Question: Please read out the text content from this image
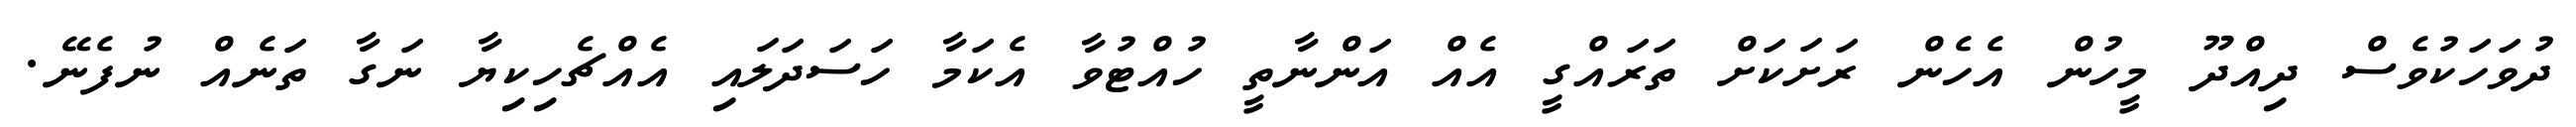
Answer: ދުވަހަކުވެސް ދިއްދޫ މީހުން އެހެން ރަށަކަށް ތަރައްގީ އެއް އަންނާތީ ހުއްޓުވާ އެކަމާ ހަސަދަލައި އެއްޗެހިކިޔާ ނަގާ ތަނެއް ނުފެނޭ.